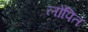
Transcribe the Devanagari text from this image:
लोपित